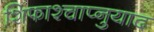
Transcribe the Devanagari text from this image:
शिफाश्चाप्नुयाद